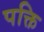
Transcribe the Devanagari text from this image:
पक्ति